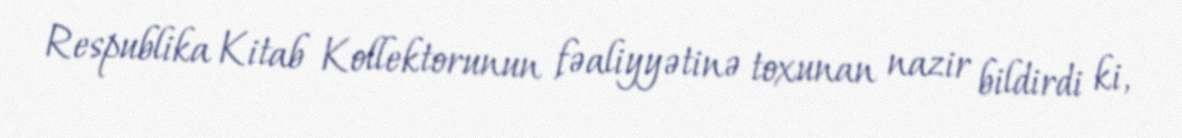
Respublika Kitab Kollektorunun fəaliyyətinə toxunan nazir bildirdi ki,